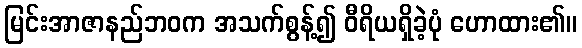
မြင်းအာဇာနည်ဘဝက အသက်စွန့်၍ ဝီရိယရှိခဲ့ပုံ ဟောထား၏။